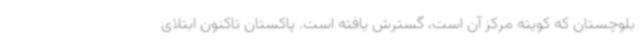
بلوچستان که کویته مرکز آن است، گسترش یافته است. پاکستان تاکنون ابتلای